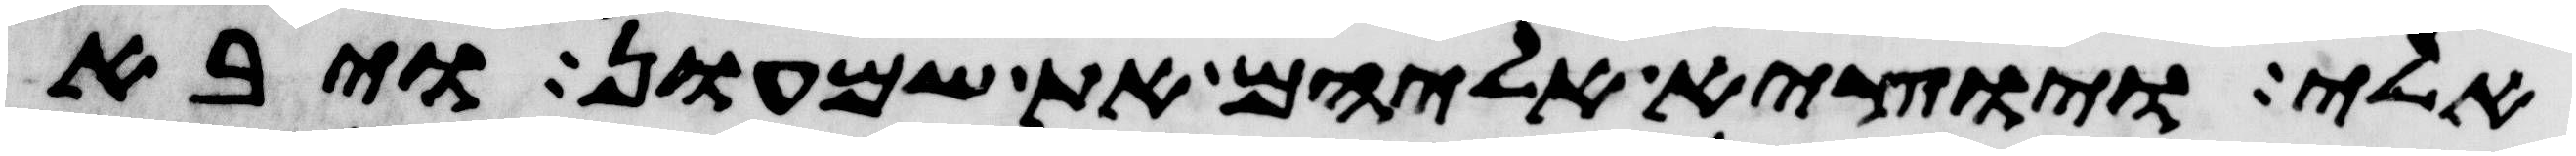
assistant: אלי ויוצא אליהם את שמעון ויבא